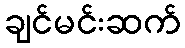
ချင်မင်းဆက်